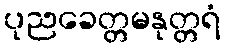
ပုညခေတ္တမနုတ္တရံ